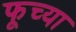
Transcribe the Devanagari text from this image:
फूच्या